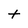
Character: t